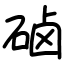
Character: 硵